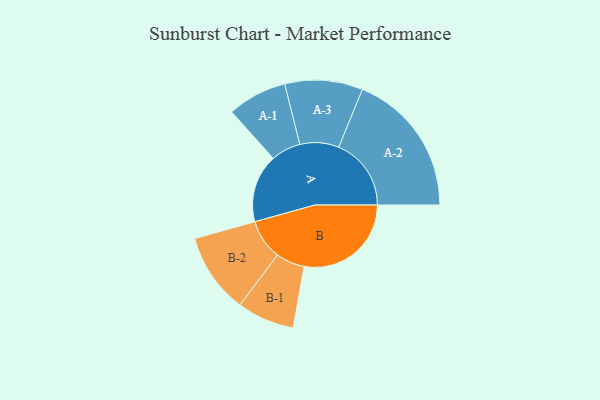
{"axis": {"x": "Segment", "y": "Value"}, "legend": ["", "A", "B"], "data": [{"x": "A", "y": 268, "type": ""}, {"x": "B", "y": 421, "type": ""}, {"x": "A-1", "y": 117, "type": "A"}, {"x": "A-2", "y": 285, "type": "A"}, {"x": "A-3", "y": 153, "type": "A"}, {"x": "B-1", "y": 113, "type": "B"}, {"x": "B-2", "y": 158, "type": "B"}]}